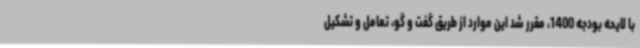
با لایحه بودجه 1400، مقرر شد این موارد از طریق گفت و گو، تعامل و تشکیل